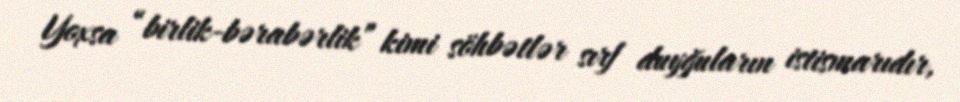
Yoxsa “birlik-bərabərlik” kimi söhbətlər sırf duyğuların istismarıdır,